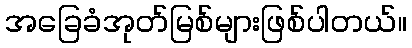
အခြေခံအုတ်မြစ်များဖြစ်ပါတယ်။